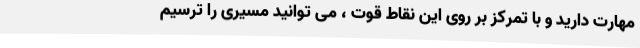
مهارت دارید و با تمرکز بر روی این نقاط قوت ، می توانید مسیری را ترسیم